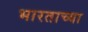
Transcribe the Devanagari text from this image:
भारताच्‍या